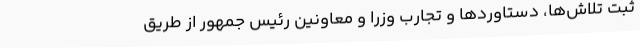
ثبت تلاش‌ها، دستاوردها و تجارب وزرا و معاونین رئیس جمهور از طریق